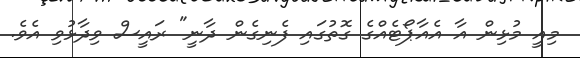
މިއީ މުޅިން އާ އެއާޕޯޓެއްގެ ގޮތުގައި ފެނިގެން ދާނީ" ރައީސް ވިދާޅުވި އެވެ.